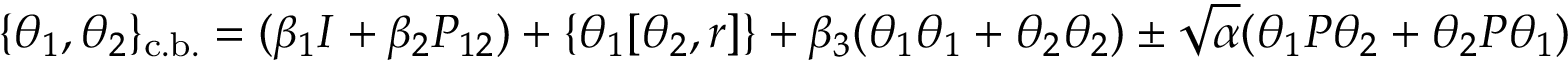
\{ \theta _ { 1 } , \theta _ { 2 } \} _ { \mathrm { c . b . } } = ( \beta _ { 1 } I + \beta _ { 2 } P _ { 1 2 } ) + \{ \theta _ { 1 } [ \theta _ { 2 } , r ] \} + \beta _ { 3 } ( \theta _ { 1 } \theta _ { 1 } + \theta _ { 2 } \theta _ { 2 } ) \pm \sqrt { \alpha } ( \theta _ { 1 } P \theta _ { 2 } + \theta _ { 2 } P \theta _ { 1 } )